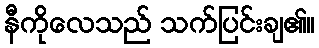
နီကိုလေသည် သက်ပြင်းချ၏။